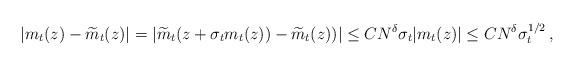
LaTeX: \begin{align*} | m_t(z)-\widetilde m_t(z)|&= |\widetilde m_t(z+\sigma_t m_t(z))-\widetilde m_t(z))|\le CN^\delta\sigma_t|m_t(z)|\le CN^\delta\sigma_t^{1/2}\,,\end{align*}